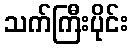
သက်ကြီးပိုင်း